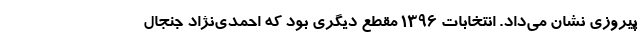
پیروزی نشان می‌داد. انتخابات ۱۳۹۶ مقطع دیگری بود که احمدی‌نژاد جنجال